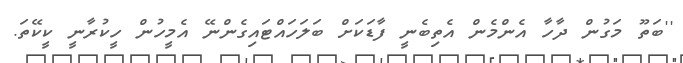
''ބަތޫ މަގުން ދާހާ އެންމެން އެތިބެނީ ފާޑަކަށް ބަލަހައްޓައިގެންނޭ އެމީހުން ހީކުރާނީ ކީކޭތަ.